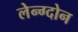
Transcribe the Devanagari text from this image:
लेन्ग्दोन